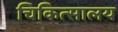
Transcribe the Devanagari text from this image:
चिकित्‍सालय